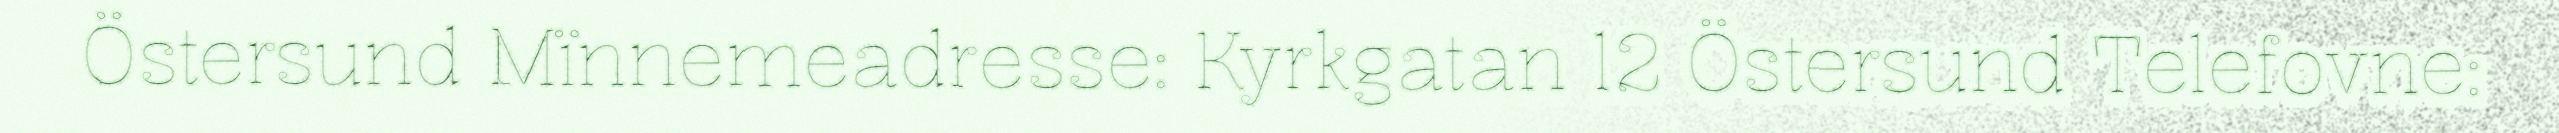
Östersund Mïnnemeadresse: Kyrkgatan 12 Östersund Telefovne: